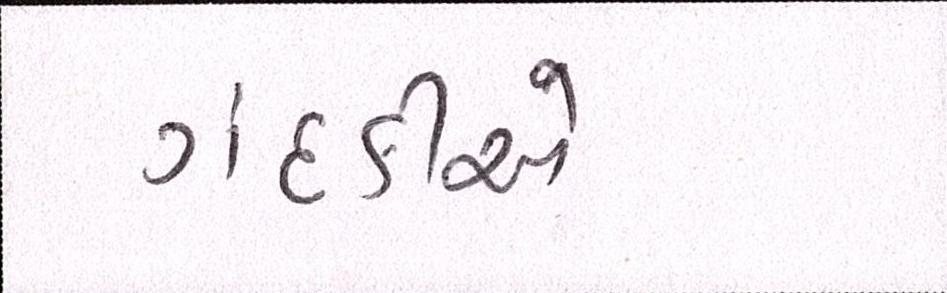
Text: ગંદકીએ